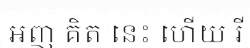
អញ គិត នេះ ហើយ រី